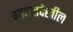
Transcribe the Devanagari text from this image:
गावातदेखील